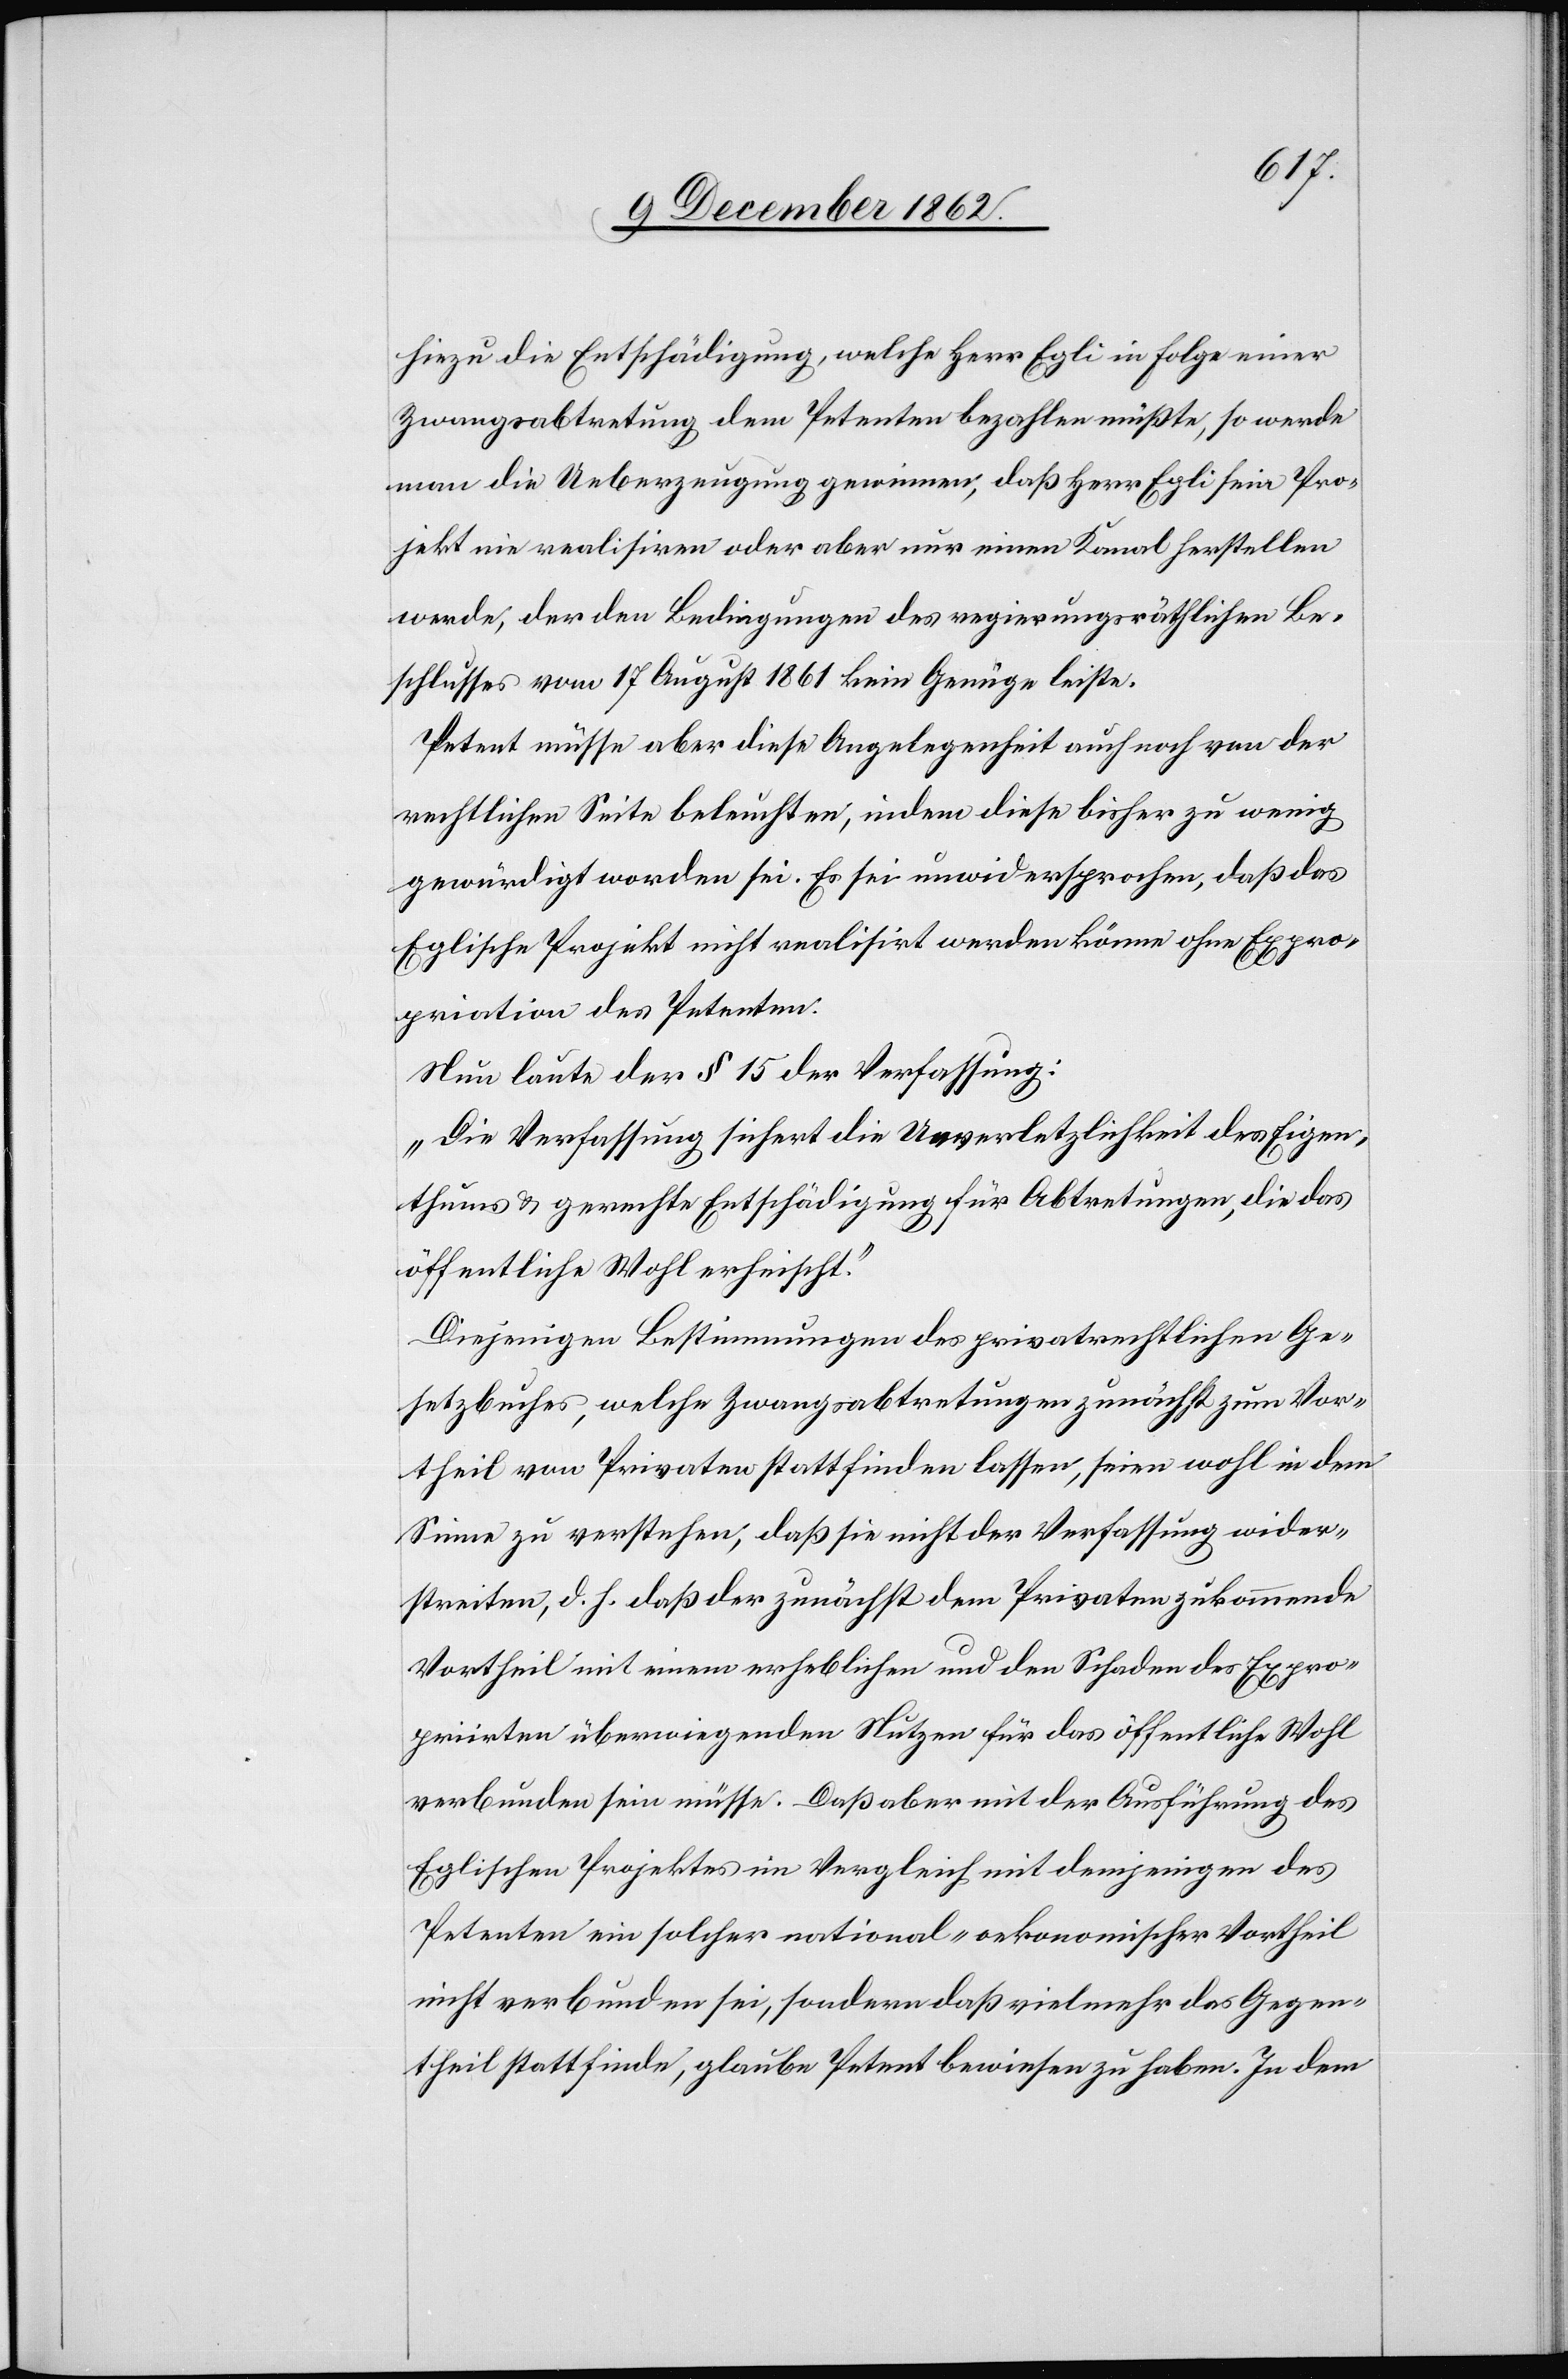
hiezu die Entschädigung, welche Herr Egli in Folge einer
Zwangsabtretung dem Petenten bezahlen müßte, so werde
man die Ueberzeugung gewinnen, daß Herr Egli sein Pro¬
jekt nie realisiren oder aber nur einen Kanal herstellen
werde, der den Bedingungen des regierungsräthlichen Be¬
schlusses vom 17. August 1861 kein Genüge leiste.
Petent müsse aber diese Angelegenheit auch noch von der
rechtlichen Seite beleuchten, indem diese bisher zu wenig
gewürdigt worden sei. Es sei unwidersprochen, daß das
Eglische Projekt nicht realisirt werden könne ohne Expro¬
priation des Petenten.
Nun laute der § 15 der Verfassung:
„Die Verfassung sichert die Unverletzlichkeit des Eigen¬
thums u. gerechte Entschädigung für Abtretungen, die das
öffentliche Wohl erheischt.“
Diejenigen Bestimmungen des privatrechtlichen Ge¬
setzbuches, welche Zwangsabtretungen zunächst zum Vor¬
theil von Privaten stattfinden lassen, seien wohl in dem
Sinne zu verstehen, daß sie nicht der Verfassung wider¬
streiten, d. h. daß der zunächst dem Privaten zukommende
Vortheil mit einem erheblichen und den Schaden des Expro¬
priirten überwiegenden Nutzen für das öffentliche Wohl
verbunden sein müsse. Daß aber mit der Ausführung des
Eglischen Projektes im Vergleich mit demjenigen des
Petenten ein solcher national-oekonomischer Vortheil
nicht verbunden sei, sondern daß vielmehr das Gegen¬
theil stattfinde, glaube Petent bewiesen zu haben. In dem